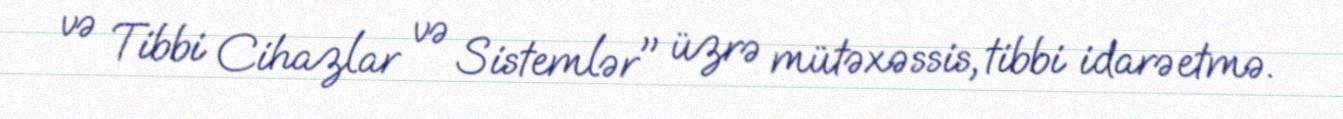
və Tibbi Cihazlar və Sistemlər" üzrə mütəxəssis, tibbi idarəetmə.